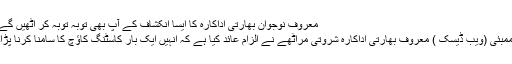
معروف نوجوان بھارتی اداکارہ کا ایسا انکشاف کے آپ بھی توبہ توبہ کر اٹھیں گے
ممبئی (ویب ڈیسک ) معروف بھارتی اداکارہ شروتی مراٹھے نے الزام عائد کیا ہے کہ انہیں ایک بار کاسٹنگ کاﺅچ کا سامنا کرنا پڑا۔